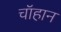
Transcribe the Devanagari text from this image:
चॉहान